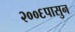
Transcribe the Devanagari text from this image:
२००६पासुन